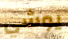
يوشي